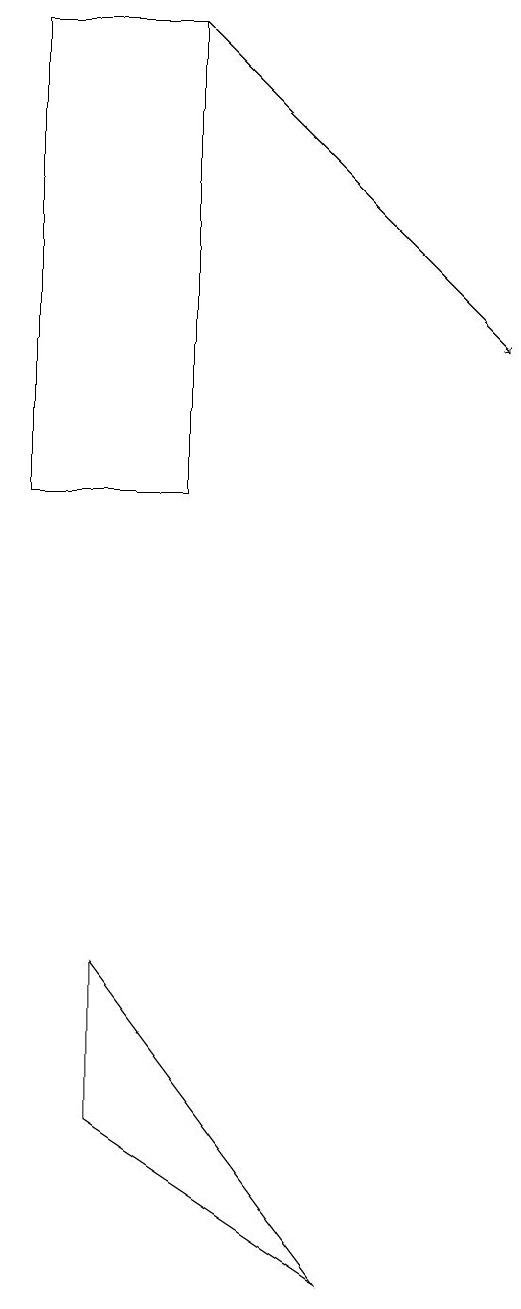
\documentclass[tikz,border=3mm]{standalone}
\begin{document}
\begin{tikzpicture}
\draw[->] (2,17) -- (6,13);
\draw (1,3) -- (1,5) -- (4,1) -- cycle;
\draw (2,17) rectangle (0,11);
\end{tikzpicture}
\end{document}